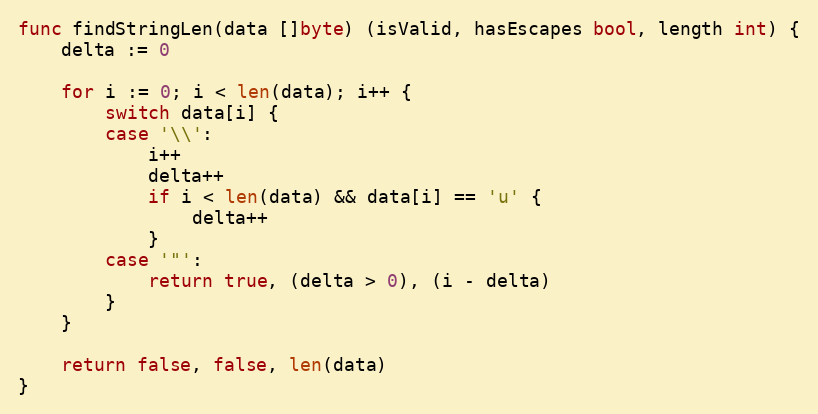
Language: Go
func findStringLen(data []byte) (isValid, hasEscapes bool, length int) {
	delta := 0

	for i := 0; i < len(data); i++ {
		switch data[i] {
		case '\\':
			i++
			delta++
			if i < len(data) && data[i] == 'u' {
				delta++
			}
		case '"':
			return true, (delta > 0), (i - delta)
		}
	}

	return false, false, len(data)
}